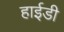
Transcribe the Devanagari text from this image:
हाईडी